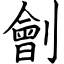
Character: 劊